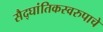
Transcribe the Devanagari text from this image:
सैद्घांतिकस्वरुपाचे